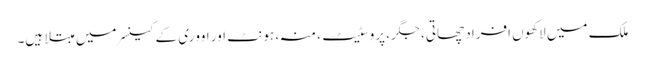
ملک میں لاکھوں افراد چھاتی، جگر، پروسٹیٹ، منہ، ہونٹ اور اووری کے کینسر میں مبتلا ہیں۔